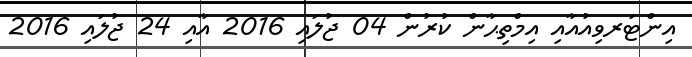
އިންޓަރވިއުއާއި އިމްތިޙާން ކުރުން 04 ޖުލައި 2016 އާއި 24 ޖުލައި 2016